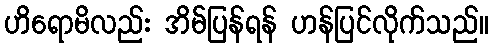
ဟိရောမိလည်း အိမ်ပြန်ရန် ဟန်ပြင်လိုက်သည်။